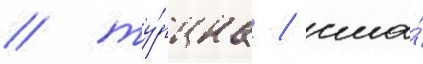
/ ту́рциа / сша́